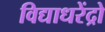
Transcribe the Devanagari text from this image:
विद्याधरेंद्रो